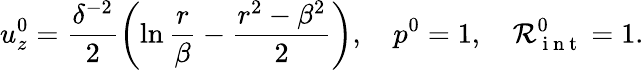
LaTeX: u_{z}^{0}=\frac{\delta^{-2}}{2}\left(\ln{\frac{r}{\beta}}-\frac{r^{2}-\beta^{2}}{2}\right),\quad p^{0}=1,\quad\mathcal{R}_{\mathrm{~i~n~t~}}^{0}=1.